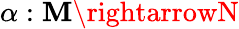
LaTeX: \alpha:\mathbf{M}\rightarrowN